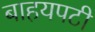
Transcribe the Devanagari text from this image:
बाहयपटी